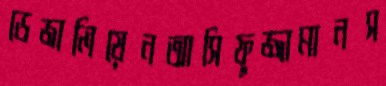
ডেজালিয়েনআসিফুজ্জামানস